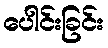
ပေါင်းခြင်း